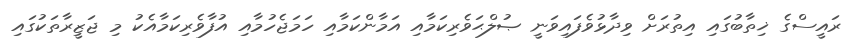
ރައީސްގެ ޚިތާބުގައި އިތުރަށް ވިދާޅުވެފައިވަނީ ޞުލްޙަވެރިކަމާއި އަމާންކަމާއި ހަމަޖެހުމާއި އުފާވެރިކަމާއެކު މި ޖަޒީރާތަކުގައި